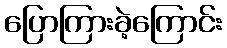
ပြောကြားခဲ့ကြောင်း